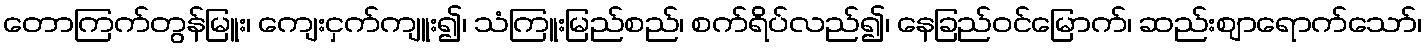
တောကြက်တွန်မြူး၊ ကျေးငှက်ကျူး၍၊ သံကြူးမြည်စည်၊ စက်ရိပ်လည်၍၊ နေခြည်ဝင်မြောက်၊ ဆည်းဈာရောက်သော်၊